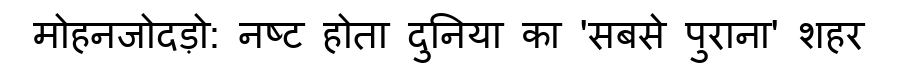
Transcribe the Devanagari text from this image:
मोहनजोदड़ो: नष्ट होता दुनिया का 'सबसे पुराना' शहर